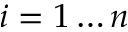
i = 1 \dots n